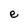
Character: e